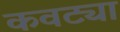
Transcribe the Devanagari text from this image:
कवट्या